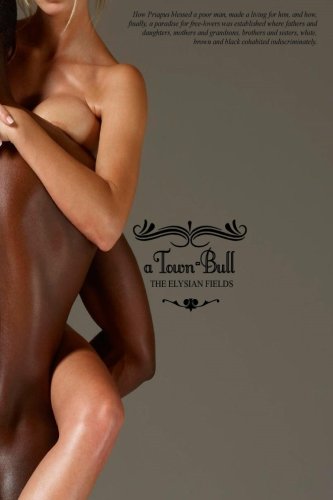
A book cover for A Town-Bull: or; The Elysian Fields; Bob Sterling (pseudonym); Romance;